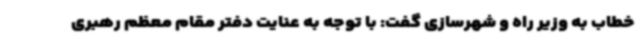
خطاب به وزیر راه و شهرسازی گفت: با توجه به عنایت دفتر مقام معظم رهبری